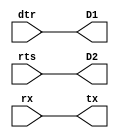
// This program was cloned from: https://github.com/Obijuan/open-fpga-verilog-tutorial
// License: GNU General Public License v2.0

//-----------------------------------------------------------------------------
//-- Pruebas de conexionado del puerto serie
//-- Las seales dtr y rts se cablean a los leds
//-- La seal Rx se conecta a Tx para que se haga un eco a nivel fisico
//------------------------------------------------------------------------------
module echowire1(input wire dtr,
                 input wire rts,
                 input wire rx,
                 output wire tx,
                 output wire D1,
                 output wire D2);

//-- Sacar senal dtr y rts por los leds
assign D1 = dtr;
assign D2 = rts;

//-- Conectar rx a tx para que se haga un eco "cableado"
assign tx = rx;

endmodule